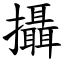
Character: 攝